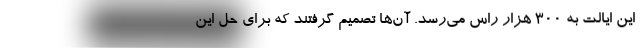
این ایالت به ۳۰۰ هزار راس می‌رسد. آن‌ها تصمیم گرفتند که برای حل این